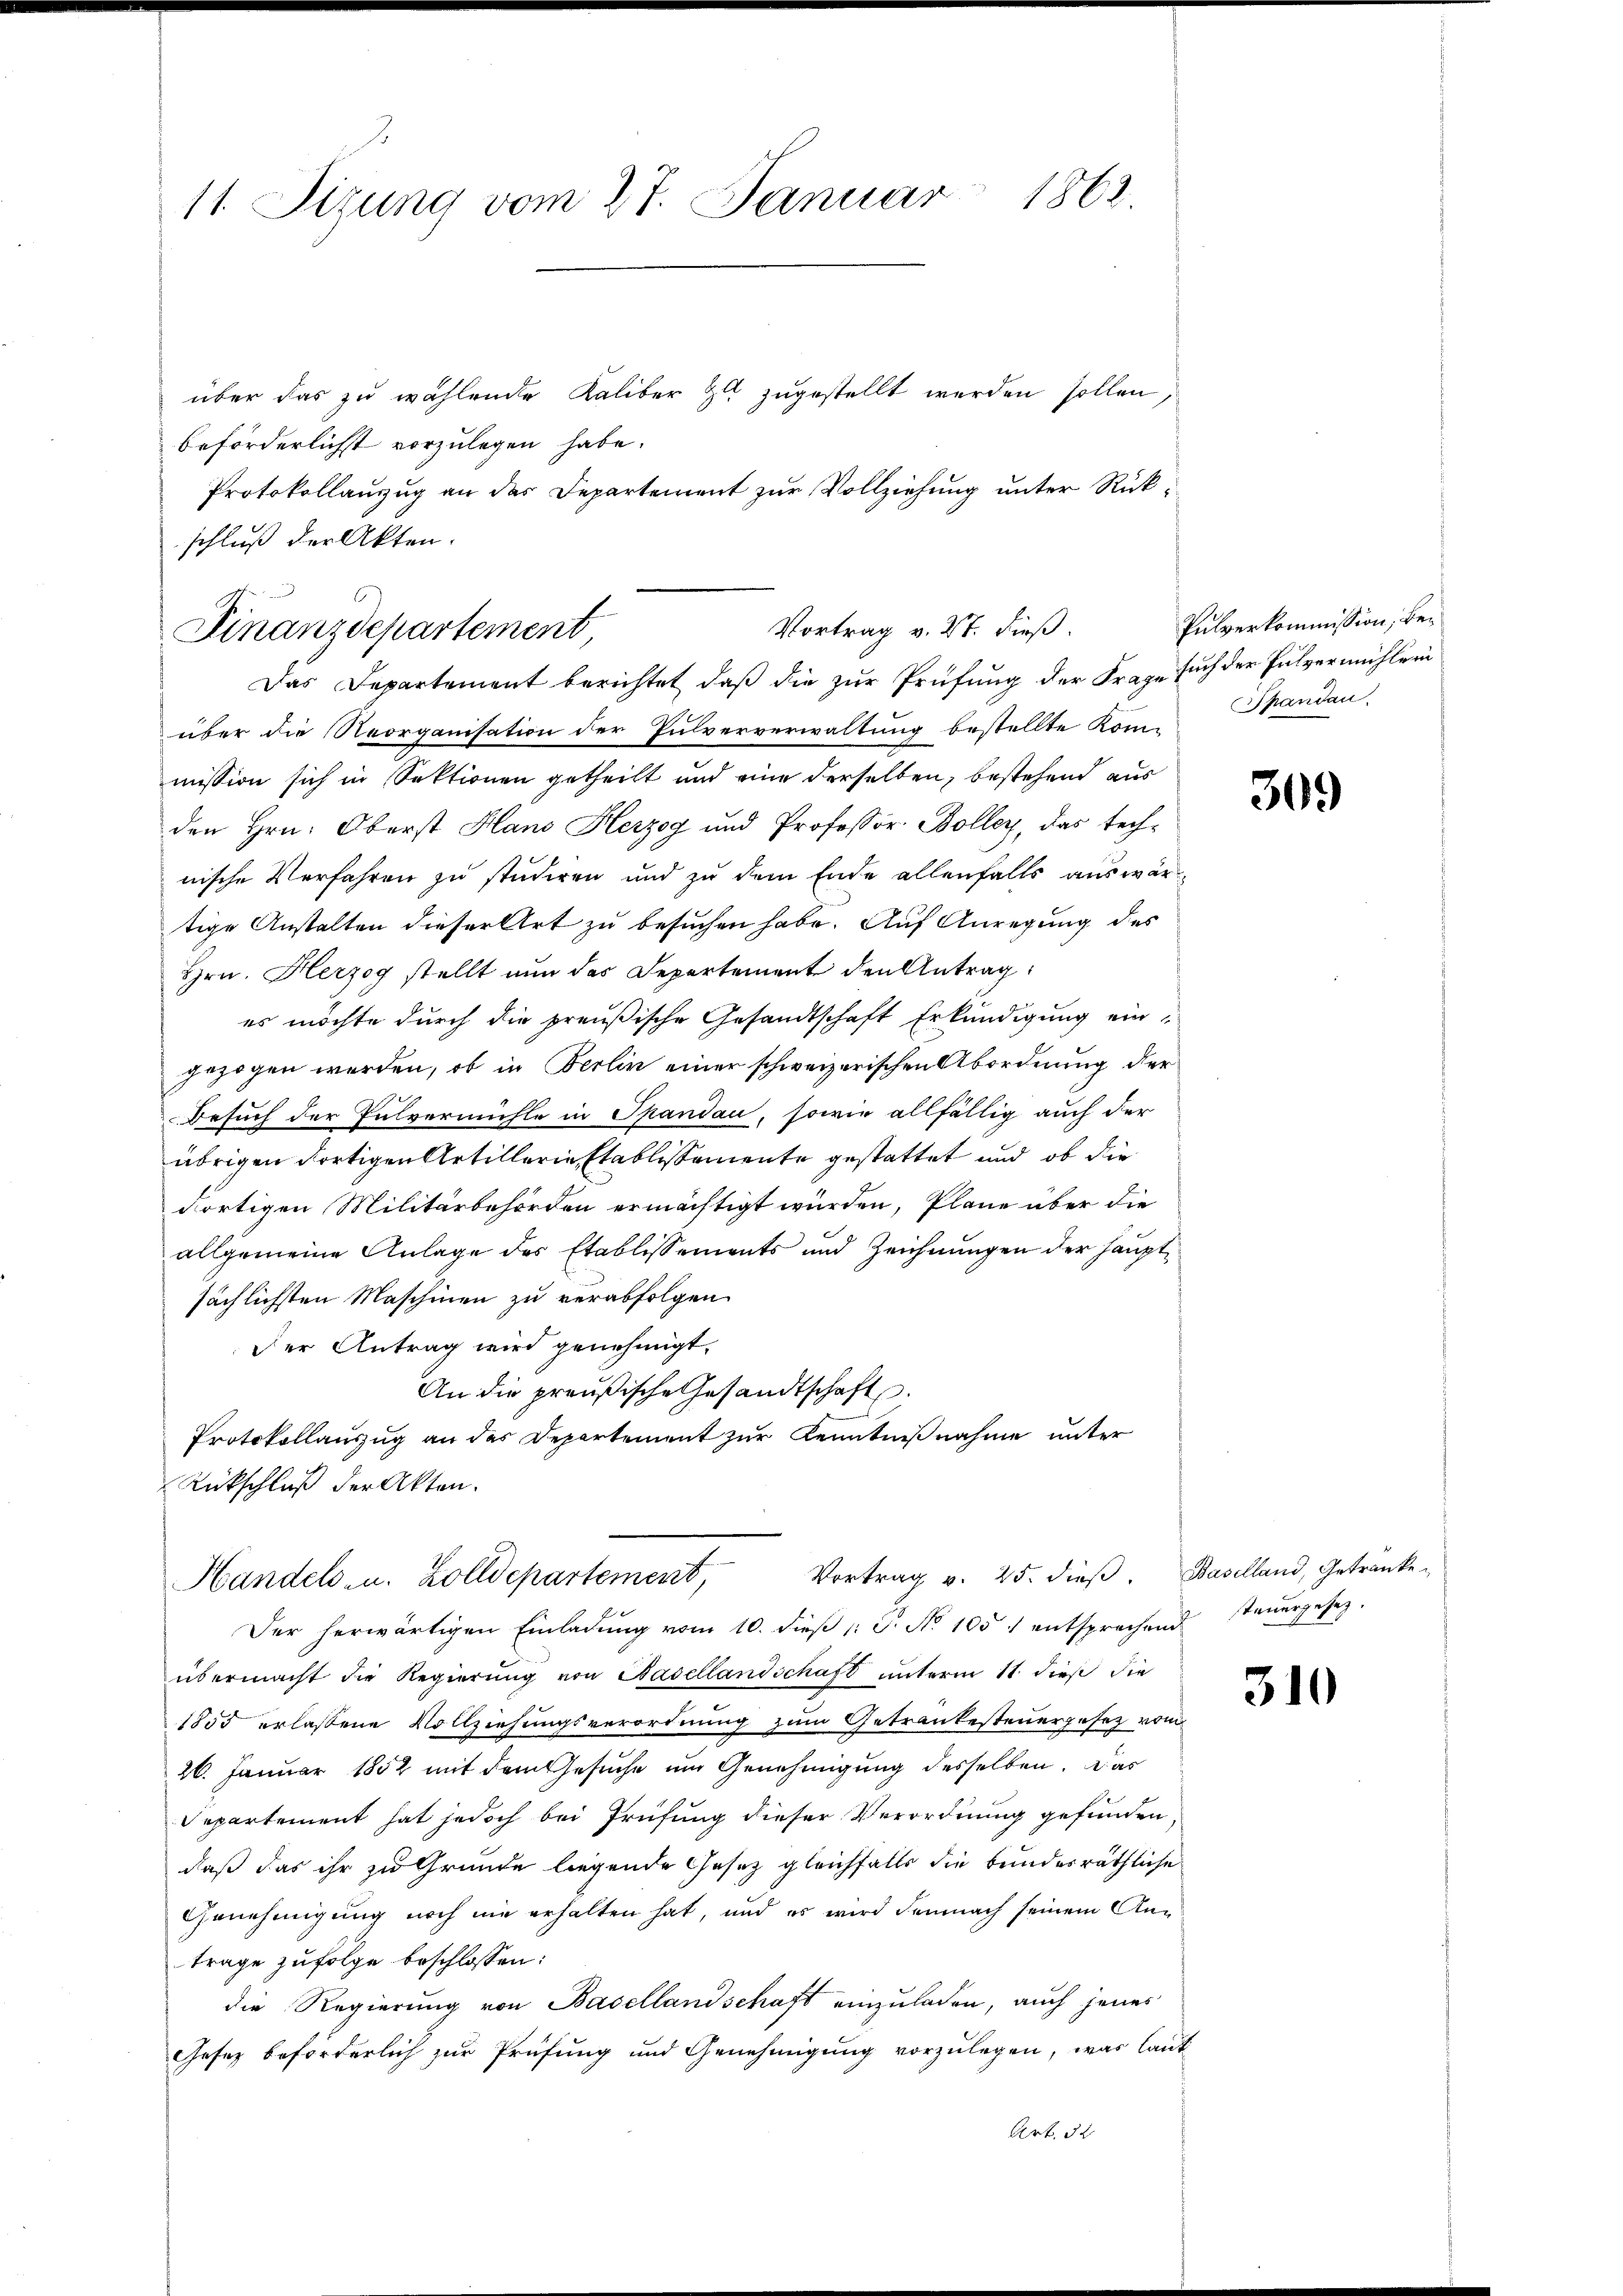
11. Sizung vom 27. Januar 1862.

über das zu wählende Kaliber zu zugestellt werden sollen,
beförderlichst vorzulegen habe.
Protokollanzug an des Departement zur Vollziehung unter Rückschluß der Akten.

Vortrag v. 27. dieß.
Finanzdepartement

Das Departement berichtet, daß die zur Prüfung der Frage such der Pulvermühleri
über die Reorganisation der Pulververwaltung bestellte Kom-
mission sich in Sektionen getheilt und eine derselben, bestehend aus
den Hrn. Oberst Hans Herzog und Professor Boller, das technische Verfahren zu studiren und zu dem Ende allenfalls auswärtige Anstalten dieser Art zu besuchen habe. Auf Anregung des
Hrn. Herzog stellt nun des Departement den Antrag
es möchte durch die preußische Gesandtschaft Erkundigung ein
gezogen werden, ob in Berlin einer schweizerischen Abordnung der
Besuch der Pulvermühle in Spandau, sowie allfällig auch der
übrigen dortigen Artillerie Etablissemente gestattet und ob die
dortigen Militärbehörden ermächtigt wurden, Pläne über die
allgemeine Anlage des Etablissements und Zeichnungen der Hauptsächlichsten Maschinen zu verabfolgen.
Der Antrag wird genehmigt.
An die preußische Gesandtschaft.
Protokollauszug an der Departement zur Kenntnißnahme unter
Rückschluß der Akten.
Handels- u. Zolldepartement, Vortrag v. 25. dieβ. Baselland, Getranke
Der herwärtigen Einladung vom 10. dieß : P. No 1051 entsprochend steuergesezübermacht die Regierŭng von Basellandschaft ŭnterm 11. dieß die
1855 erlassene Vollziehungsverordnung zum Getrankesteuergesez vom
26. Januar 1852 mit dem Gesuche um Genehmigung desselben. Das
Separtement hat jedoch bei Prüfung dieser Verordnung gefunden,
daß das ihr zu Grunde liegende Gesez gleichfalls die bundesräthliche
Genehmigung noch nie erhalten hat, und es wird demnach seinem An-
träge zufolge beschlossen:
die Regierung von Basellandschaft einzuladen, auch jenes
Gesez beförderlich zur Prüfung und Genehmigung vorzulegen, was laut
Art. 32

Pulverkommission, be¬
Spandau.

309)

310